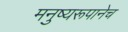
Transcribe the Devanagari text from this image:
मनुष्यरूपानेच